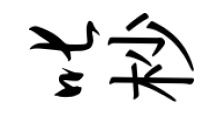
叱杪